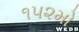
૧૫૨મો